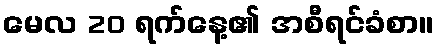
မေလ 20 ရက်နေ့၏ အစီရင်ခံစာ။